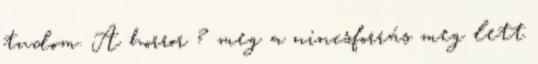
tudom. A horror ? meg a nincsforrás meg lett